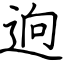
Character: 逈